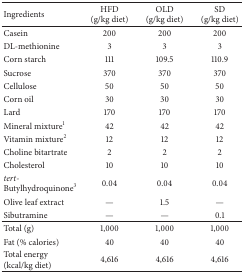
| Ingredients | HFD (g/kg diet) | OLD (g/kg diet) | SD (g/kg diet) |
 | --- | --- | --- | --- |
 | Casein | 200 | 200 | 200 |
 | DL-methionine | 3 | 3 | 3 |
 | Corn starch | 111 | 109.5 | 110.9 |
 | Sucrose | 370 | 370 | 370 |
 | Cellulose | 50 | 50 | 50 |
 | Corn oil | 30 | 30 | 30 |
 | Lard | 170 | 170 | 170 |
 | Mineral mixture1 | 42 | 42 | 42 |
 | Vitamin mixture2 | 12 | 12 | 12 |
 | Choline bitartrate | 2 | 2 | 2 |
 | Cholesterol | 10 | 10 | 10 |
 | tert-Butylhydroquinone3 | 0.04 | 0.04 | 0.04 |
 | Olive leaf extract | — | 1.5 | — |
 | Sibutramine | — | — | 0.1 |
 | Total (g) | 1,000 | 1,000 | 1,000 |
 | Fat (% calories) | 40 | 40 | 40 |
 | Total energy (kcal/kg diet) | 4,616 | 4,616 | 4,616 |